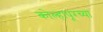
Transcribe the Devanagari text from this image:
कोल्हापूरच्‍या